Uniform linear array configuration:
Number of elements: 16
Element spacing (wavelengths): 0.5
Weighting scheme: exponential
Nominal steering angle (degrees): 15
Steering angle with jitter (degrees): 16.753
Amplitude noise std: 0.05
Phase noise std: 0.05

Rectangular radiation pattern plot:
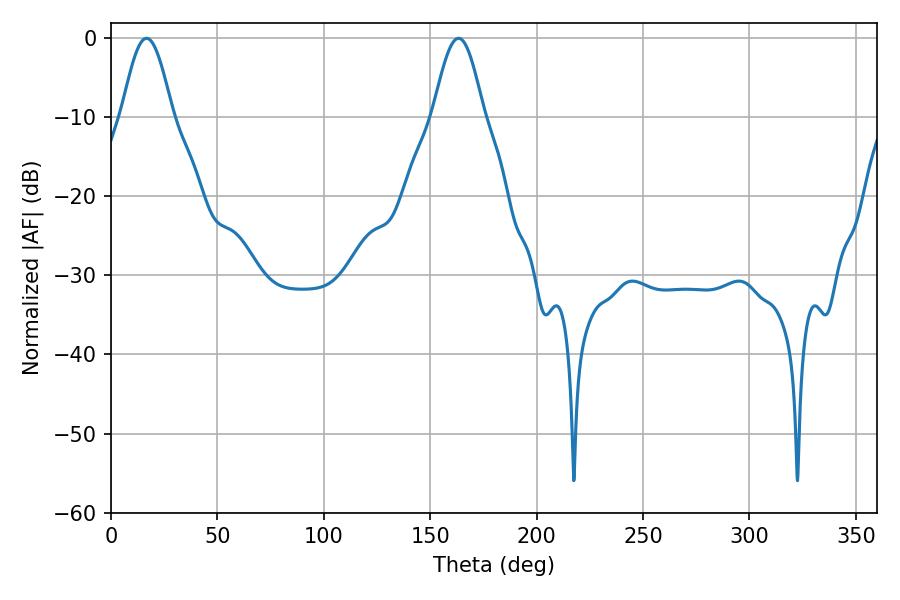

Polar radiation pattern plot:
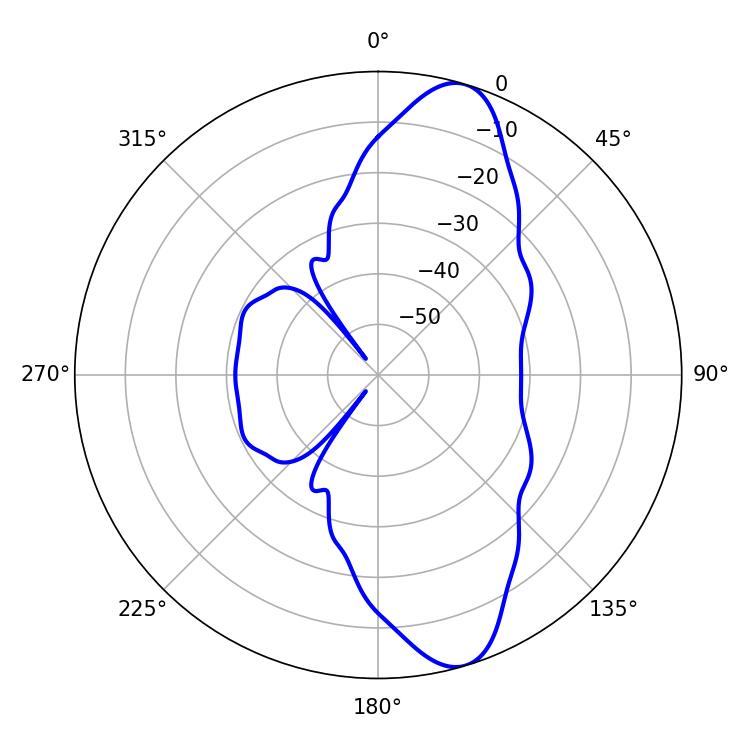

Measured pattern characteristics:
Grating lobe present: FALSE
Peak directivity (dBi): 11.181
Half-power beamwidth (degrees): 12.6
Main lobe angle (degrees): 16.74